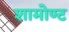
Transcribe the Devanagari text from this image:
शामोण्ट